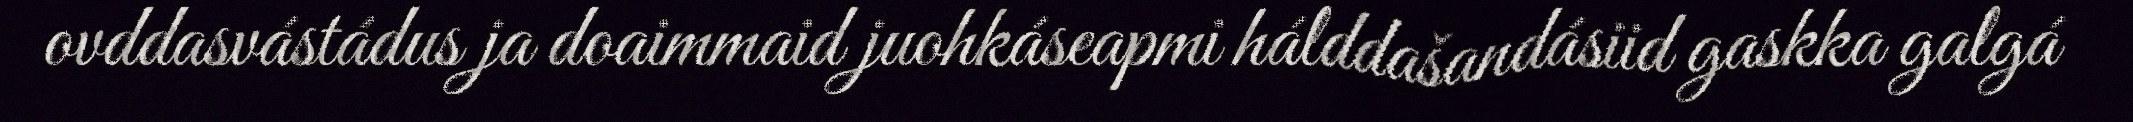
ovddasvástádus ja doaimmaid juohkáseapmi hálddašandásiid gaskka galgá